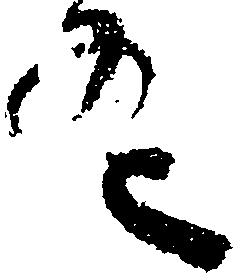
条